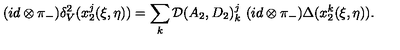
( i d \otimes \pi _ { - } ) \delta _ { V } ^ { 2 } ( x _ { 2 } ^ { j } ( \xi , \eta ) ) = \sum _ { k } { \cal D } ( A _ { 2 } , D _ { 2 } ) _ { k } ^ { j } \ ( i d \otimes \pi _ { - } ) \Delta ( x _ { 2 } ^ { k } ( \xi , \eta ) ) .